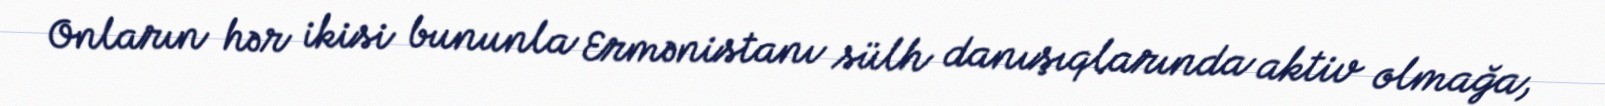
Onların hər ikisi bununla Ermənistanı sülh danışıqlarında aktiv olmağa,